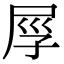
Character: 𡱟